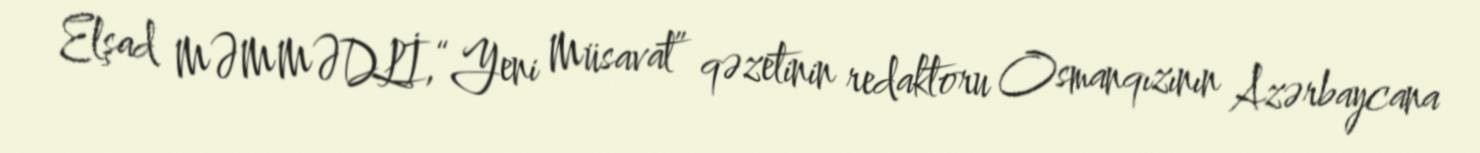
Elşad MƏMMƏDLİ,“Yeni Müsavat” qəzetinin redaktoru Osmanqızının Azərbaycana